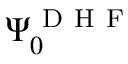
\Psi _ { 0 } ^ { \mathrm { ~ D ~ H ~ F ~ } }